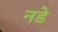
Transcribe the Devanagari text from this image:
नडे